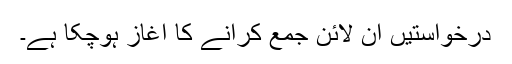
درخواستیں آن لائن جمع کرانے کا آغاز ہوچکا ہے۔